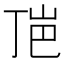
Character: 𰎕